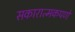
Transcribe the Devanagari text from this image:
सकारात्मकपणे